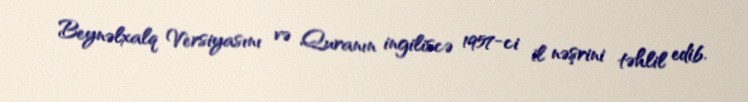
Beynəlxalq Versiyasını və Quranın ingiliscə 1957-ci il nəşrini təhlil edib.